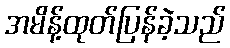
အမိန့်ထုတ်ပြန်ခဲ့သည်